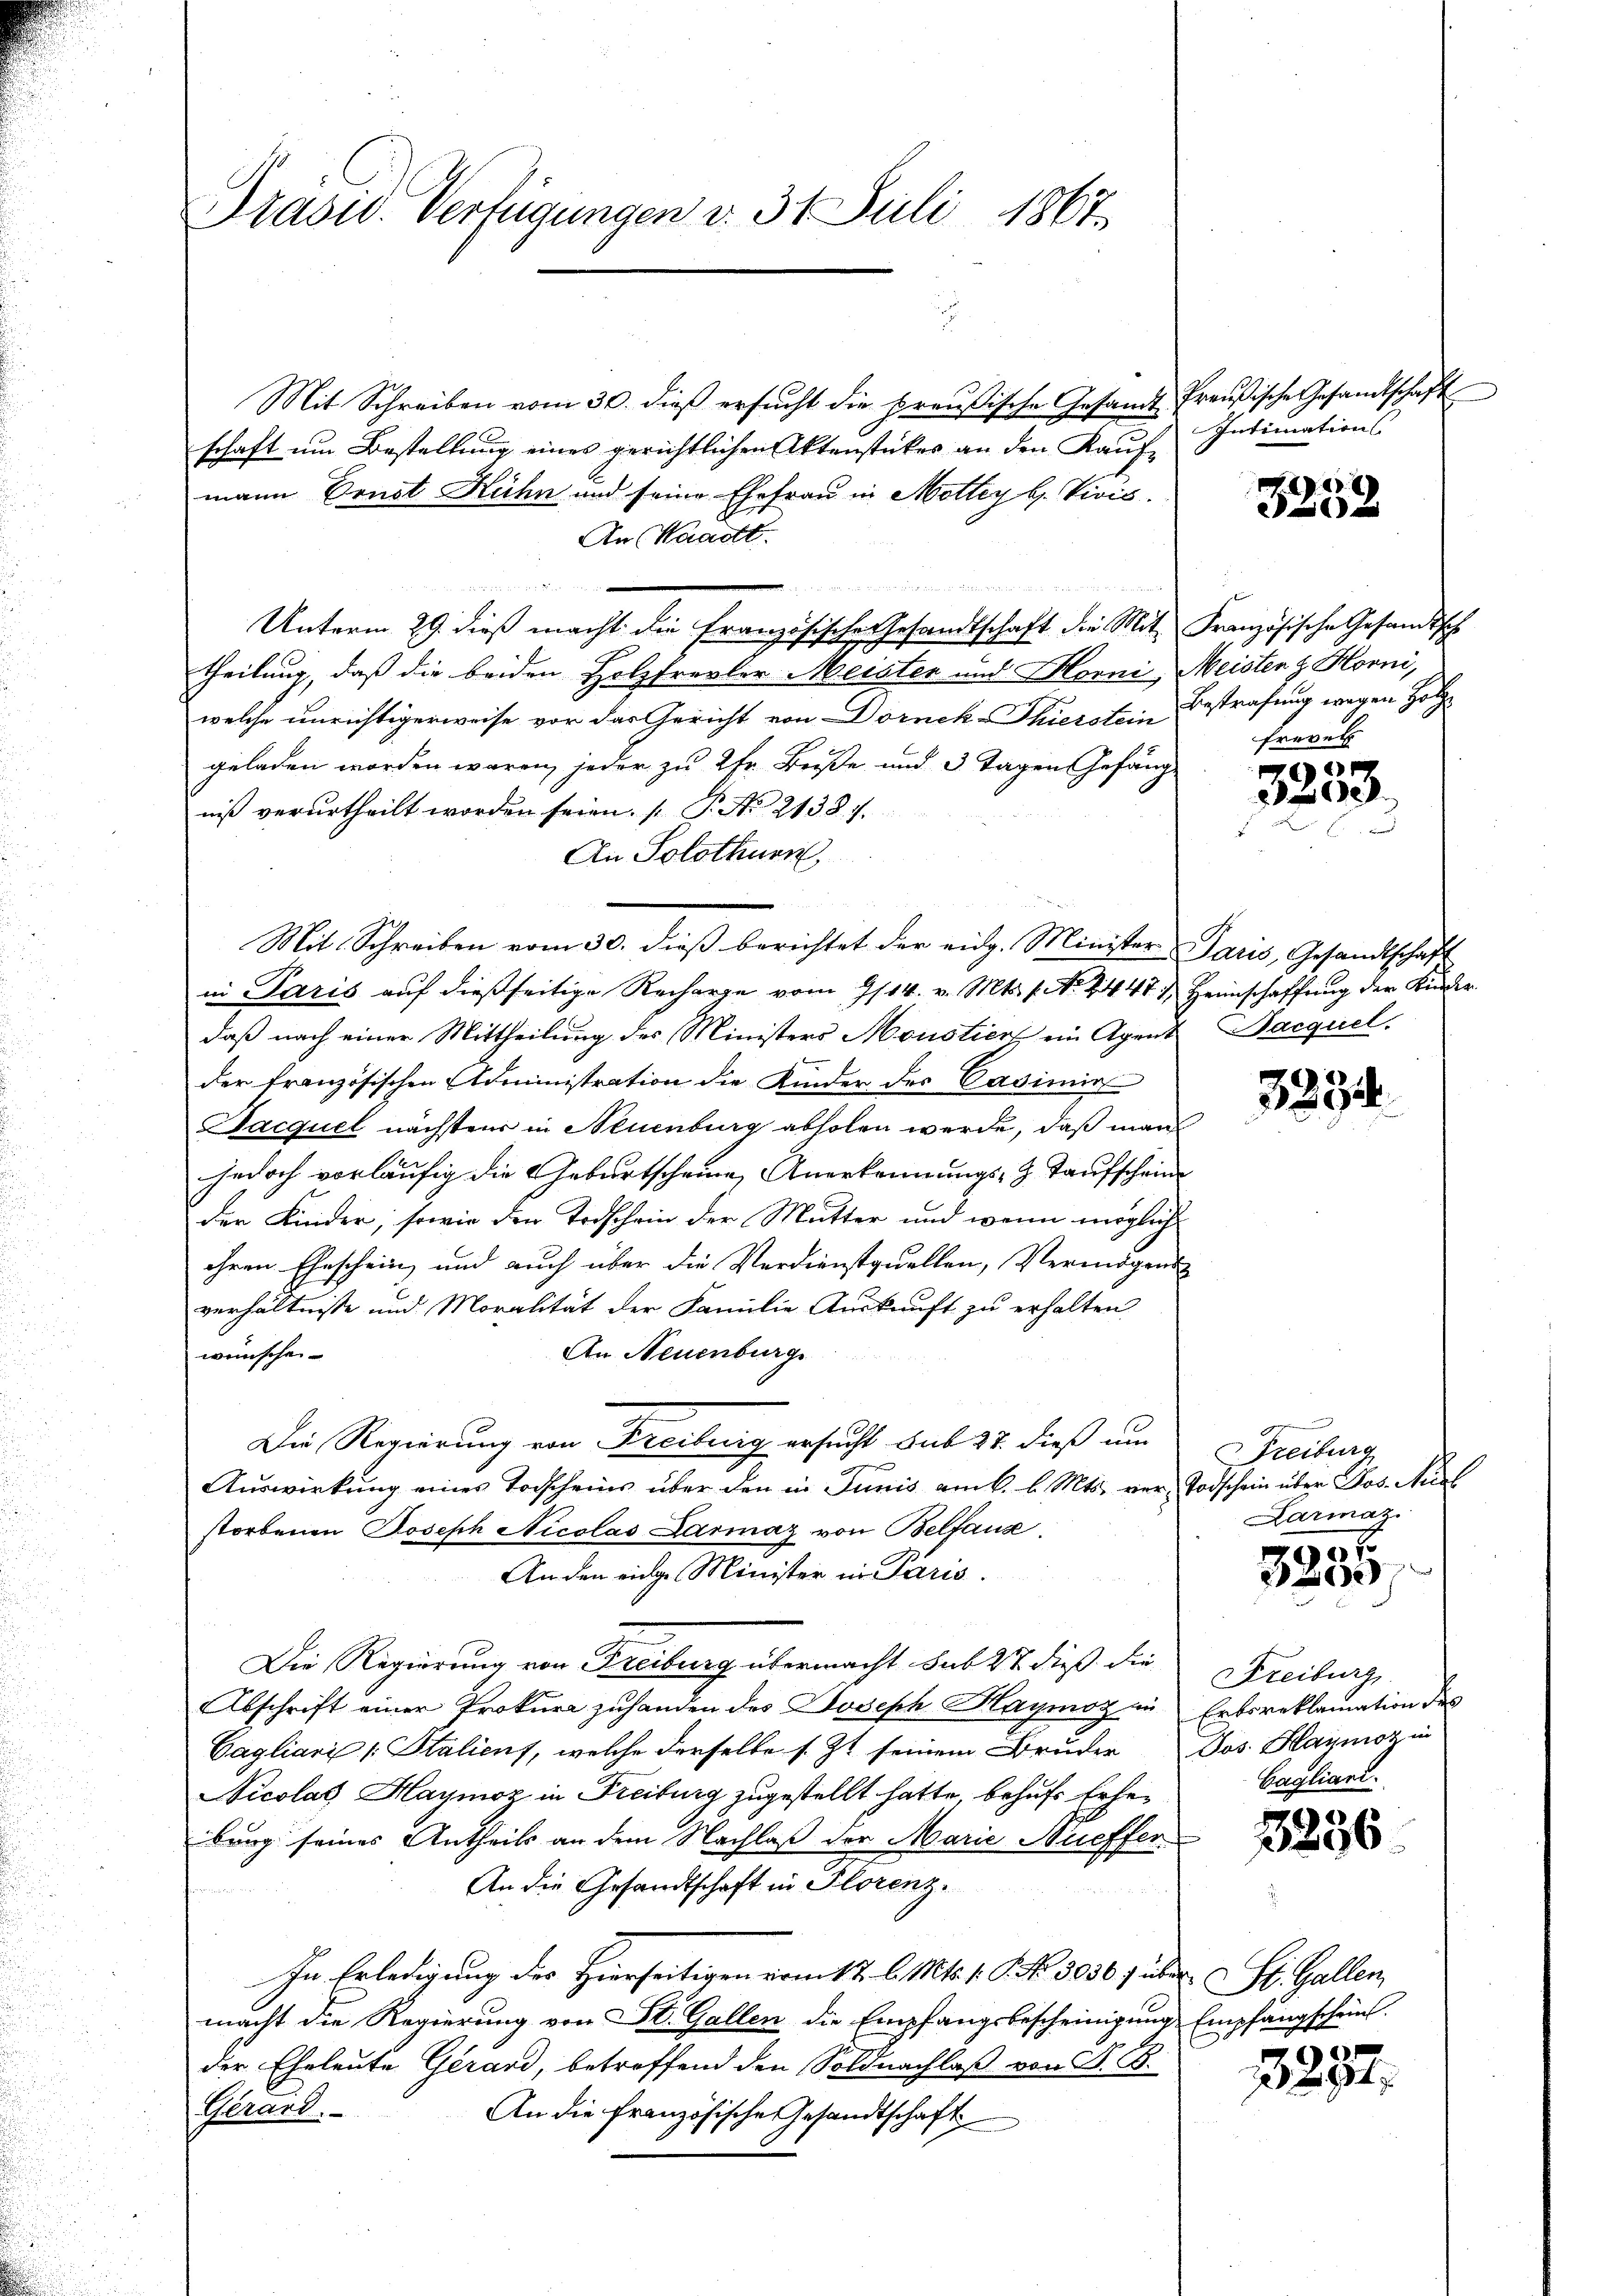
Mit Schreiben vom 30. dieβ ersŭcht die preußische Gesandt Preußische Gesandtschaft
schaft um Bestellung eines gerichtlichen Aktenstückes an den Kaufmann Sonst Kuhn und seine Ehefrau in Mottey b. Vicis.
An Waadt.
u
e
ma
Unterm 29. dieß macht die Französische Gesandtschaft die Mit Französische Gesandtsch
theilung, daß die beiden Holzfrevler Meisten und Horni, Meistenz Horni,
welche unrichtigerweise vor das Gericht von Dornek-Thierstein Bestrafung wegen Holzgeladen worden waren, jeder zu 2 Fr. Beiße und 3 Tagen Gefängniß verurtheilt worden seien. (T. No 2138. 7.
An Solothurn,
Mit Schreiben vom 30. dieß berichtet der eidg. Minister Paris, Gesandtschaft
in Paris auf dießseitige Recharge vom 9/14. v. Mts. pr. 1448 & Heimschaffung der Kinder
daß nach einer Mittheilung des Ministers Moustiert ein Agent Barquel
der französischen Administration die Kinder der Casimir
Sacquel nächstens in Neuenburg abholen werde, daß man
jedoch vorläufig die Geburtscheine Anerkennungs- & Taufschein
der Kinder, sowie den Todschein der Mutter und wenn möglich
ihren Eheschein, und auch über die Verdienstquellen, Vermögens
verhältnisse und Moralität der Familie Auskunft zu erhalten
An Neuenburge
wünsche
Die Regierung von Freilung ersucht sub 27. dieß um
Auswirkung eines Todscheins über den in Junis am 6. d. Mts. vor Todschein über Jos. Nicl
storbenen Joseph Nicolas Darmaz von Belfaus
An den eige Minister in Paris.
Die Regierung von Freiburg übermacht sub 27. dieß die
Abschrift einer Prokura zuhanden des Joseph Haymoz in Erbsreklamation des
Cagliani (: Stalicus, welche derselbe s. Zt. seinem Bruder Jos. Haymozin
Nicolat Haymoz in Freiburg zugestellt hatte, behufs Erhebung seines Antheils an dem Nachlaß der Marie Nieffer
An die Gesandtschaft in Florenz.
In Erledigung des Hierseitigen vom 17. d. Mts. 1. P. Nr. 3030 f über St. Gallen,
macht die Regierung von St. Gallen die Empfangsbescheinigung Empfangschein
der Eheleute Gerard, betreffend den Soldnachlaß von F. B.
Gerard.
An die französische Gesandtschaft

Prasw. Verfügungen v. 31. Juli 1867.

Intimation

3252

frevel

n
2

3234

Freiburg
Larmaz

907
e

Freiburg
Cagliari.

3256

3237.